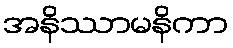
အနိဿာမနိကာ